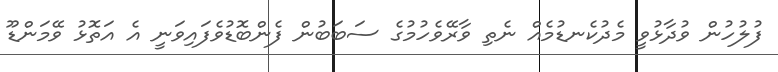
ފުލުހުން ވުދާޅުވީ މެދުކެނޑުމެއް ނެތި ވާރޭވެހުމުގެ ސަބަބުން ފެންބޮޑުވެފައިވަނީ އެ އަތޮޅު ވޭމަންޑޫ